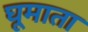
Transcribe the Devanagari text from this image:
घूमाता